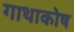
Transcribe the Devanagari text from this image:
गाथाकोष